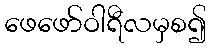
ဖေဖော်ဝါရီလမှစ၍